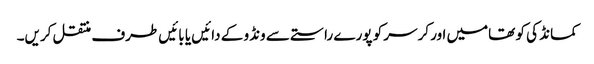
کمانڈ کی کو تھامیں اور کرسر کو پورے راستے سے ونڈو کے دائیں یا بائیں طرف منتقل کریں۔